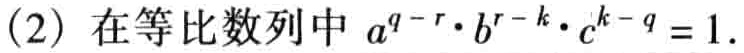
(2) 在等比数列中 \(a^{q - r}\cdot b^{r - k}\cdot c^{k - q}=1\).